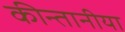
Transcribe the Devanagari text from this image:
कीन्तानीया